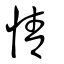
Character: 情